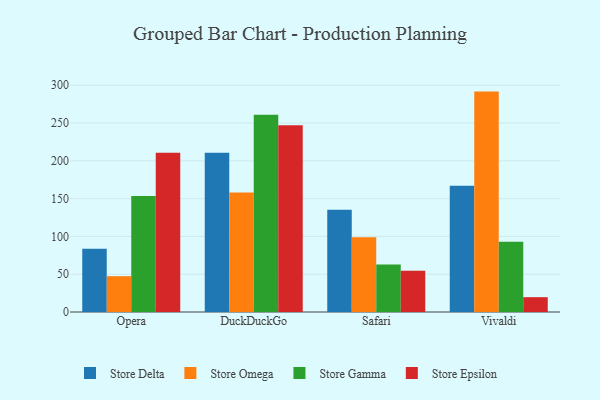
{"axis": {"x": "Browser", "y": "Inventory Turnover"}, "legend": ["Store Delta", "Store Epsilon", "Store Gamma", "Store Omega"], "data": [{"x": "Opera", "y": 83.7, "type": "Store Delta"}, {"x": "Opera", "y": 47.4, "type": "Store Omega"}, {"x": "Opera", "y": 153.5, "type": "Store Gamma"}, {"x": "Opera", "y": 210.7, "type": "Store Epsilon"}, {"x": "DuckDuckGo", "y": 210.8, "type": "Store Delta"}, {"x": "DuckDuckGo", "y": 158.0, "type": "Store Omega"}, {"x": "DuckDuckGo", "y": 261.1, "type": "Store Gamma"}, {"x": "DuckDuckGo", "y": 247.1, "type": "Store Epsilon"}, {"x": "Safari", "y": 135.4, "type": "Store Delta"}, {"x": "Safari", "y": 99.0, "type": "Store Omega"}, {"x": "Safari", "y": 63.0, "type": "Store Gamma"}, {"x": "Safari", "y": 54.6, "type": "Store Epsilon"}, {"x": "Vivaldi", "y": 167.2, "type": "Store Delta"}, {"x": "Vivaldi", "y": 291.6, "type": "Store Omega"}, {"x": "Vivaldi", "y": 92.9, "type": "Store Gamma"}, {"x": "Vivaldi", "y": 19.6, "type": "Store Epsilon"}]}